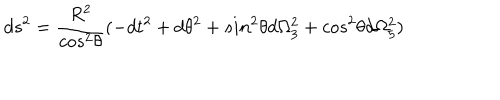
LaTeX: d s ^ { 2 } = \frac { R ^ { 2 } } { c o s ^ { 2 } \theta } ( - d t ^ { 2 } + d \theta ^ { 2 } + s i n ^ { 2 } \theta d \Omega _ { 3 } ^ { 2 } + c o s ^ { 2 } \theta d \Omega _ { 5 } ^ { 2 } )